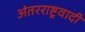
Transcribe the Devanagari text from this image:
अंतरराष्ट्रवादी